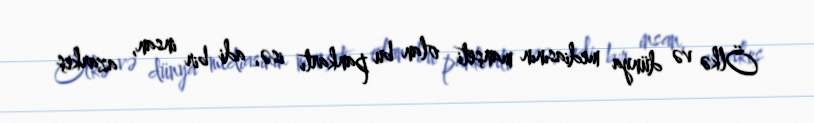
Ölkə və dünya mediasının manşeti olan bu pankartı isə, adi bir insan, azarkeş